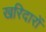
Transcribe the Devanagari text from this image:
खरिदारों